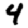
Digit: 4